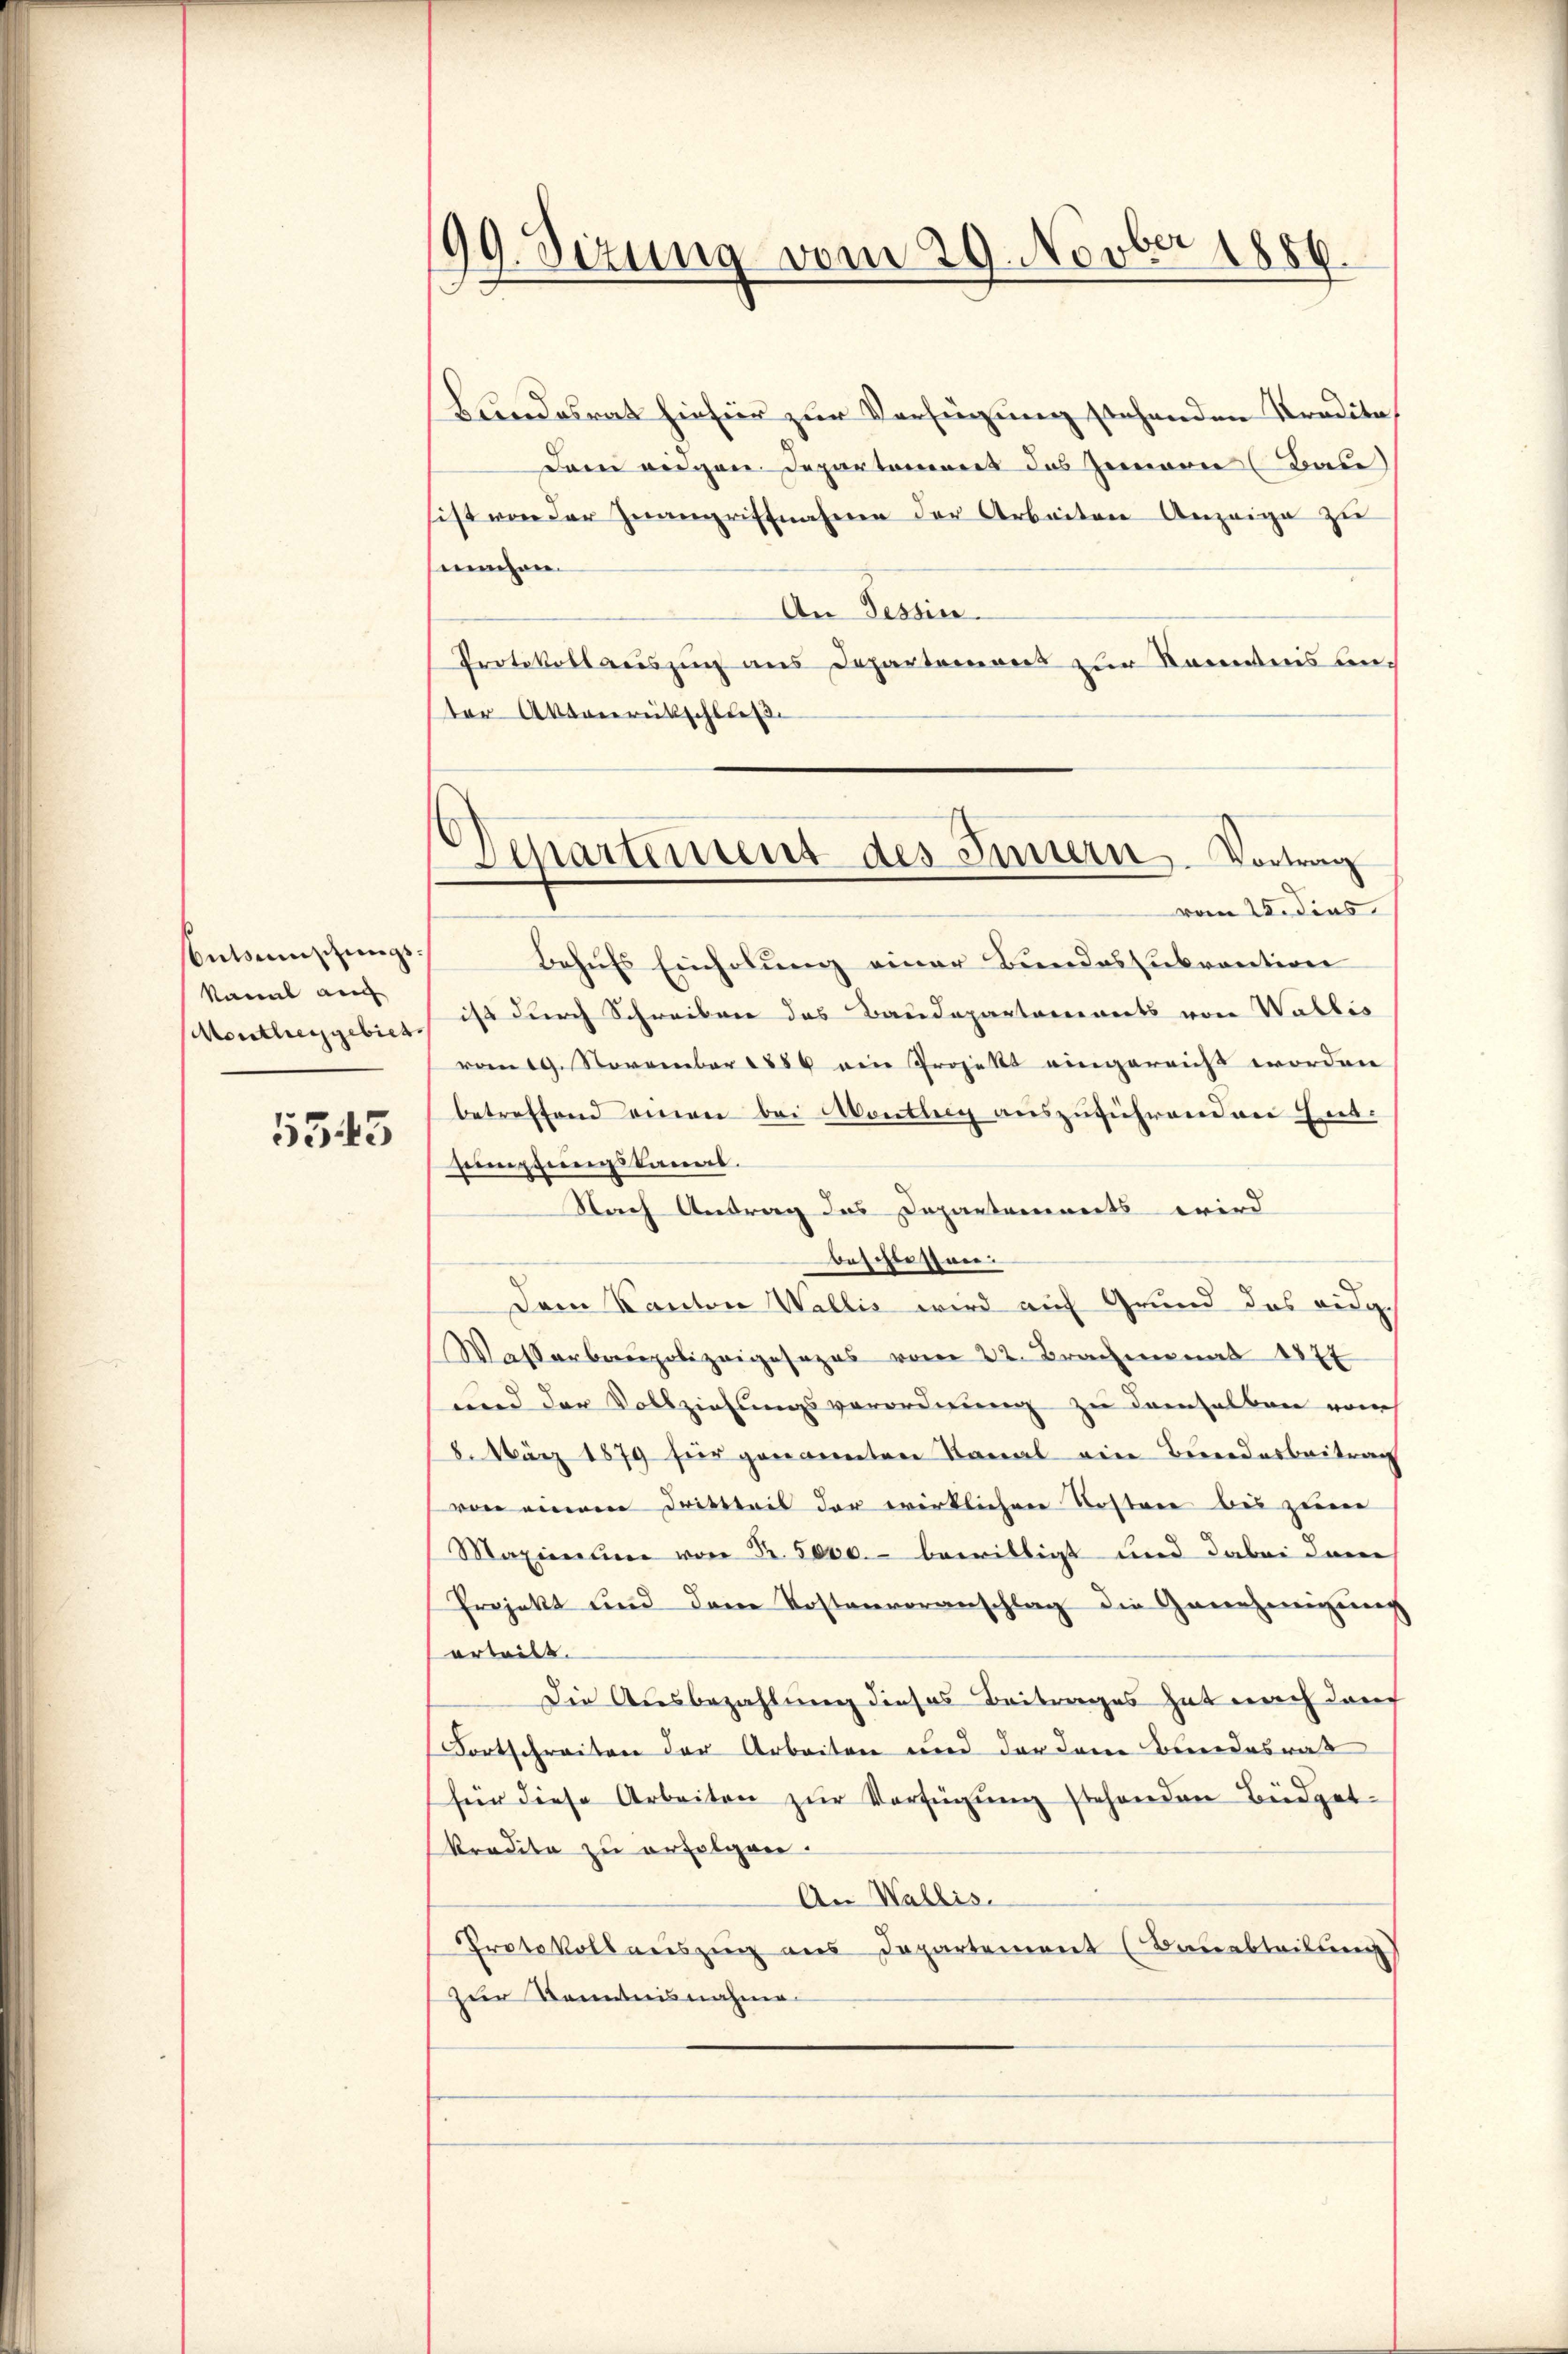
Entsumschungskannt auch
Montheygebiet

5543

99. Sizung vom 29. Novbr
1889.

Departement des Innern. Vortrag
vom 22. dies

Bundesrat hiefür zur Verfügung stehenden Kredita¬
Dam angen Departement das Zemen (Bau
sist von der Zwangriffnahmen der Arbeiten Anzeige zu
machen.
An Tessin.
Protokoll auszug aus Departemont zur Kenntnis anter Aktenrückschließ.
Behufs Einholung einer Bundessubvention
ist durch Schreiben des Baudepartaminets von Wallis
vom 19. November 1884 eine Projekt eingereicht worden
betreffend einen bei Montag auszuführenden Ent¬
Eimpfungskanas.
Nach Antrag des Departements wird
beschiessen.
Dem Kanton Wallis wird auf Grund das eidg
Wasserbaupolizeigesezes vom 22. Brachmonat 1874
und der Vollziehungsverordnung zu demselben von
8. März 1879 für genannten Kanal ein Bundesbeitrag
von einem Dritteil der wirklichen Kosten bei zum
Maximilien von Nr. 5000.- bewilligt und dabei dann
Projekt und dem Kostenvoranschlag die Genehmigung
erteilt.
Die Ausbezahlung dieses Beitrages hat nach dan
Fortschreiten der Arbeiten und der dem Bundesrat
für diese Arbeiten zŭr Verfügŭng stehenden Büdget-
kredite zu erfolgen.
An Wallis.
Protokollauszug aus Departement (Bauabteilung)
zur Kenntnisnahme